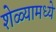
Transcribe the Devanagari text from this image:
शेळ्यामध्ये